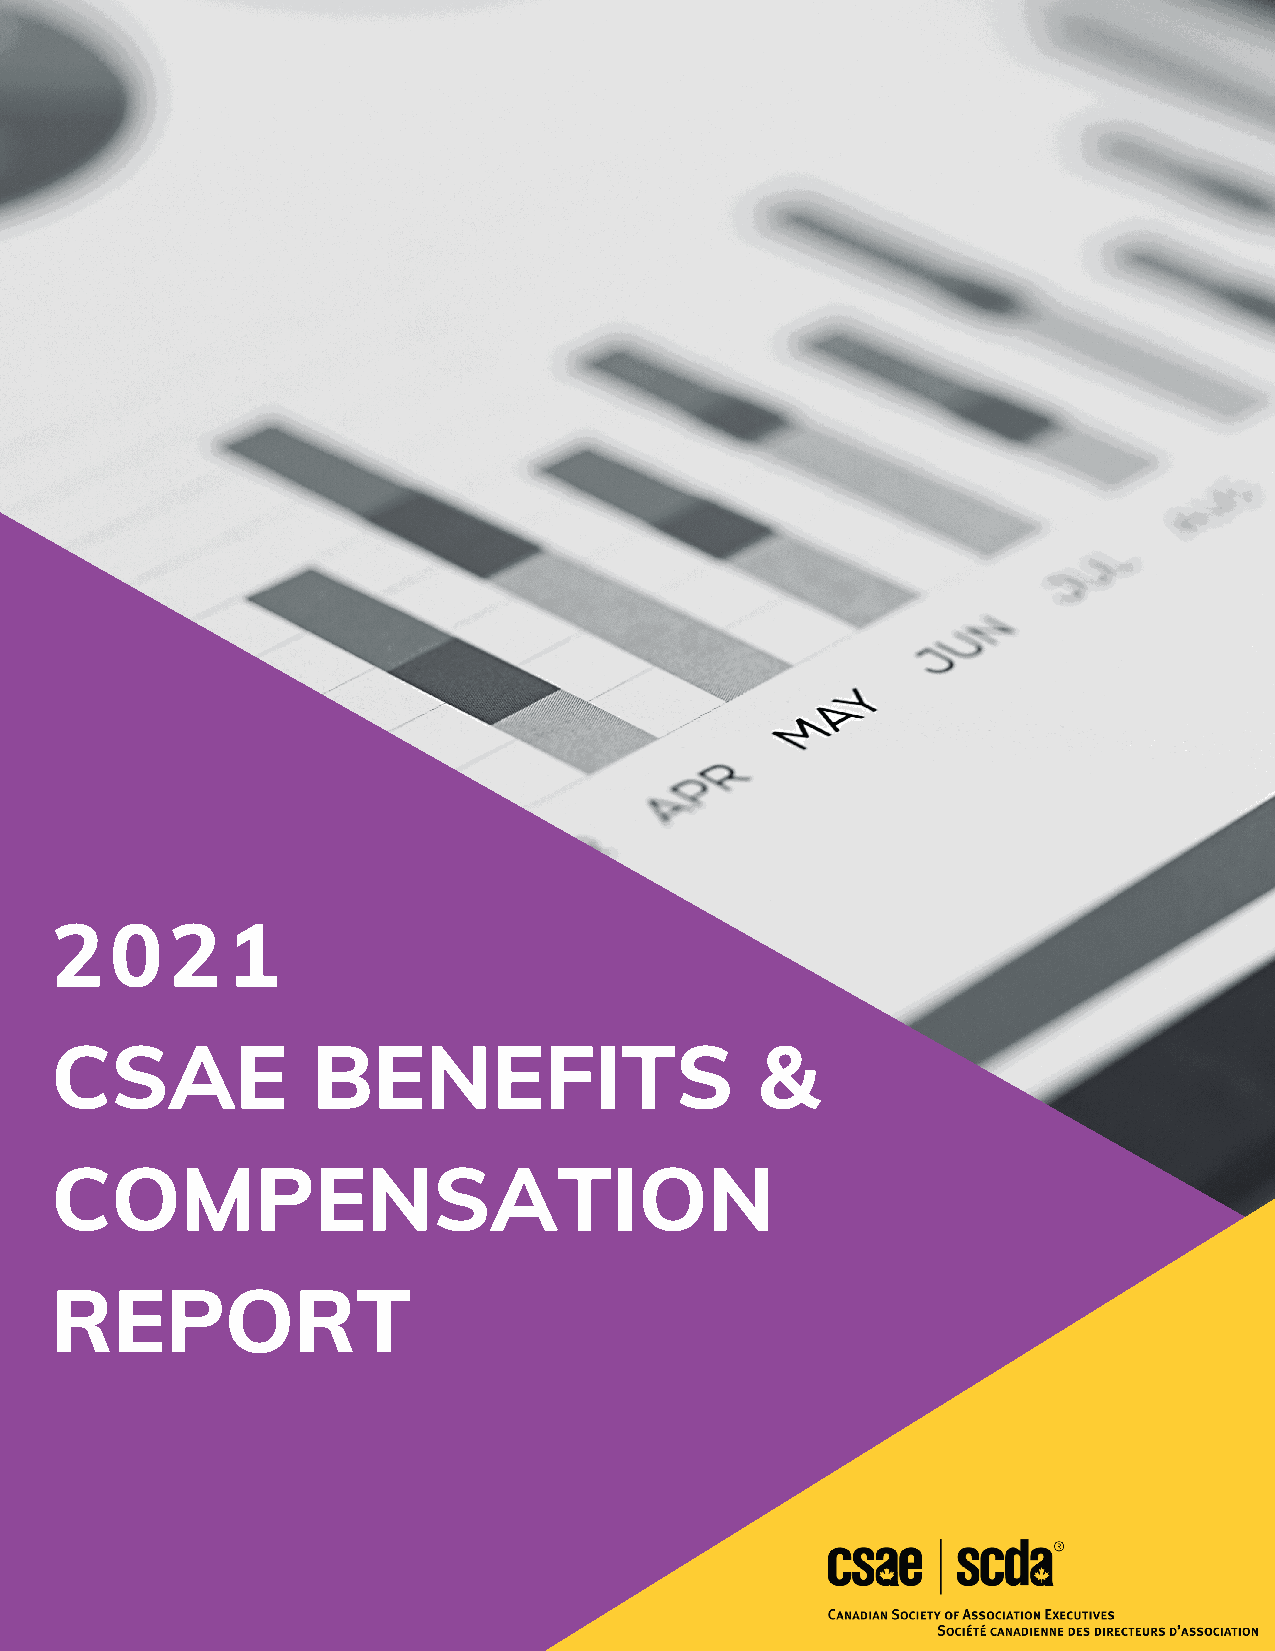
2021
 CSAE              BENEFITS                     &
 COMPENSATION
 REPORT